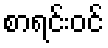
စာရင်းဝင်